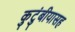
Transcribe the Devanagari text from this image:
कुटुंबीयासह